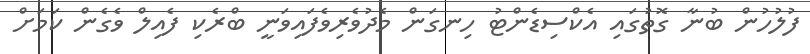
ފުލުހުން ބުނާ ގޮތުގައި އެކްސިޑެންޓު ހިނގަން މެދުވެރިވެފައިވަނީ ބްރެކި ފެއިލް ވެގެން ކަމަށް